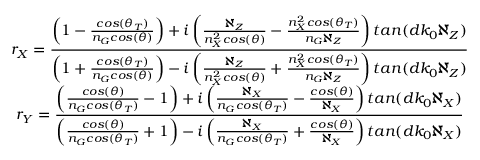
\begin{array} { c c l } { \displaystyle r _ { X } = \frac { \left( 1 - \frac { c o s ( \theta _ { T } ) } { n _ { G } c o s ( \theta ) } \right) + i \left( \frac { \aleph _ { Z } } { n _ { X } ^ { 2 } c o s ( \theta ) } - \frac { n _ { X } ^ { 2 } c o s ( \theta _ { T } ) } { n _ { G } \aleph _ { Z } } \right) t a n ( d k _ { 0 } \aleph _ { Z } ) } { \left( 1 + \frac { c o s ( \theta _ { T } ) } { n _ { G } c o s ( \theta ) } \right) - i \left( \frac { \aleph _ { Z } } { n _ { X } ^ { 2 } c o s ( \theta ) } + \frac { n _ { X } ^ { 2 } c o s ( \theta _ { T } ) } { n _ { G } \aleph _ { Z } } \right) t a n ( d k _ { 0 } \aleph _ { Z } ) } } \\ { \displaystyle r _ { Y } = \frac { \left( \frac { c o s ( \theta ) } { n _ { G } c o s ( \theta _ { T } ) } - 1 \right) + i \left( \frac { \aleph _ { X } } { n _ { G } c o s ( \theta _ { T } ) } - \frac { c o s ( \theta ) } { \aleph _ { X } } \right) t a n ( d k _ { 0 } \aleph _ { X } ) } { \left( \frac { c o s ( \theta ) } { n _ { G } c o s ( \theta _ { T } ) } + 1 \right) - i \left( \frac { \aleph _ { X } } { n _ { G } c o s ( \theta _ { T } ) } + \frac { c o s ( \theta ) } { \aleph _ { X } } \right) t a n ( d k _ { 0 } \aleph _ { X } ) } } \end{array}